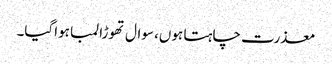
معذرت چاہتا ہوں، سوال تھوڑا لمبا ہواگیا۔